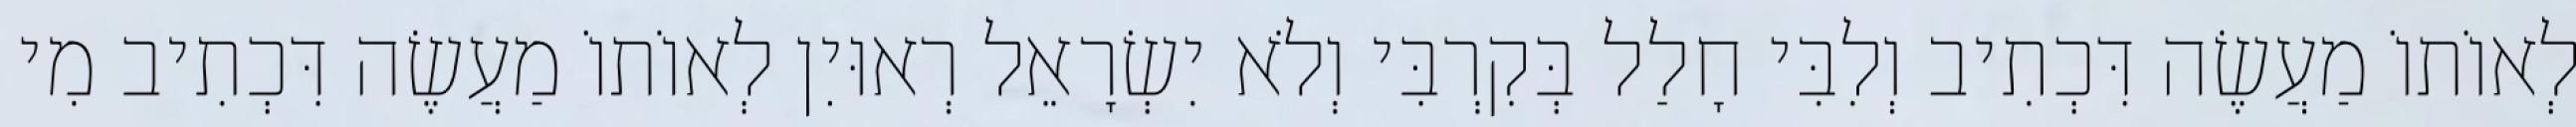
לְאוֹתוֹ מַעֲשֶׂה דִּכְתִיב וְלִבִּי חָלַל בְּקִרְבִּי וְלֹא יִשְׂרָאֵל רְאוּיִן לְאוֹתוֹ מַעֲשֶׂה דִּכְתִיב מִי